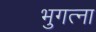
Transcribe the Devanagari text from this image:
भुगत्ना